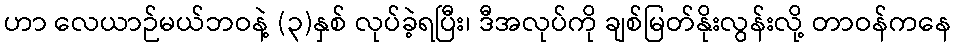
ဟာ လေယာဉ်မယ်ဘဝနဲ့ (၃)နှစ် လုပ်ခဲ့ရပြီး၊ ဒီအလုပ်ကို ချစ်မြတ်နိုးလွန်းလို့ တာဝန်ကနေ